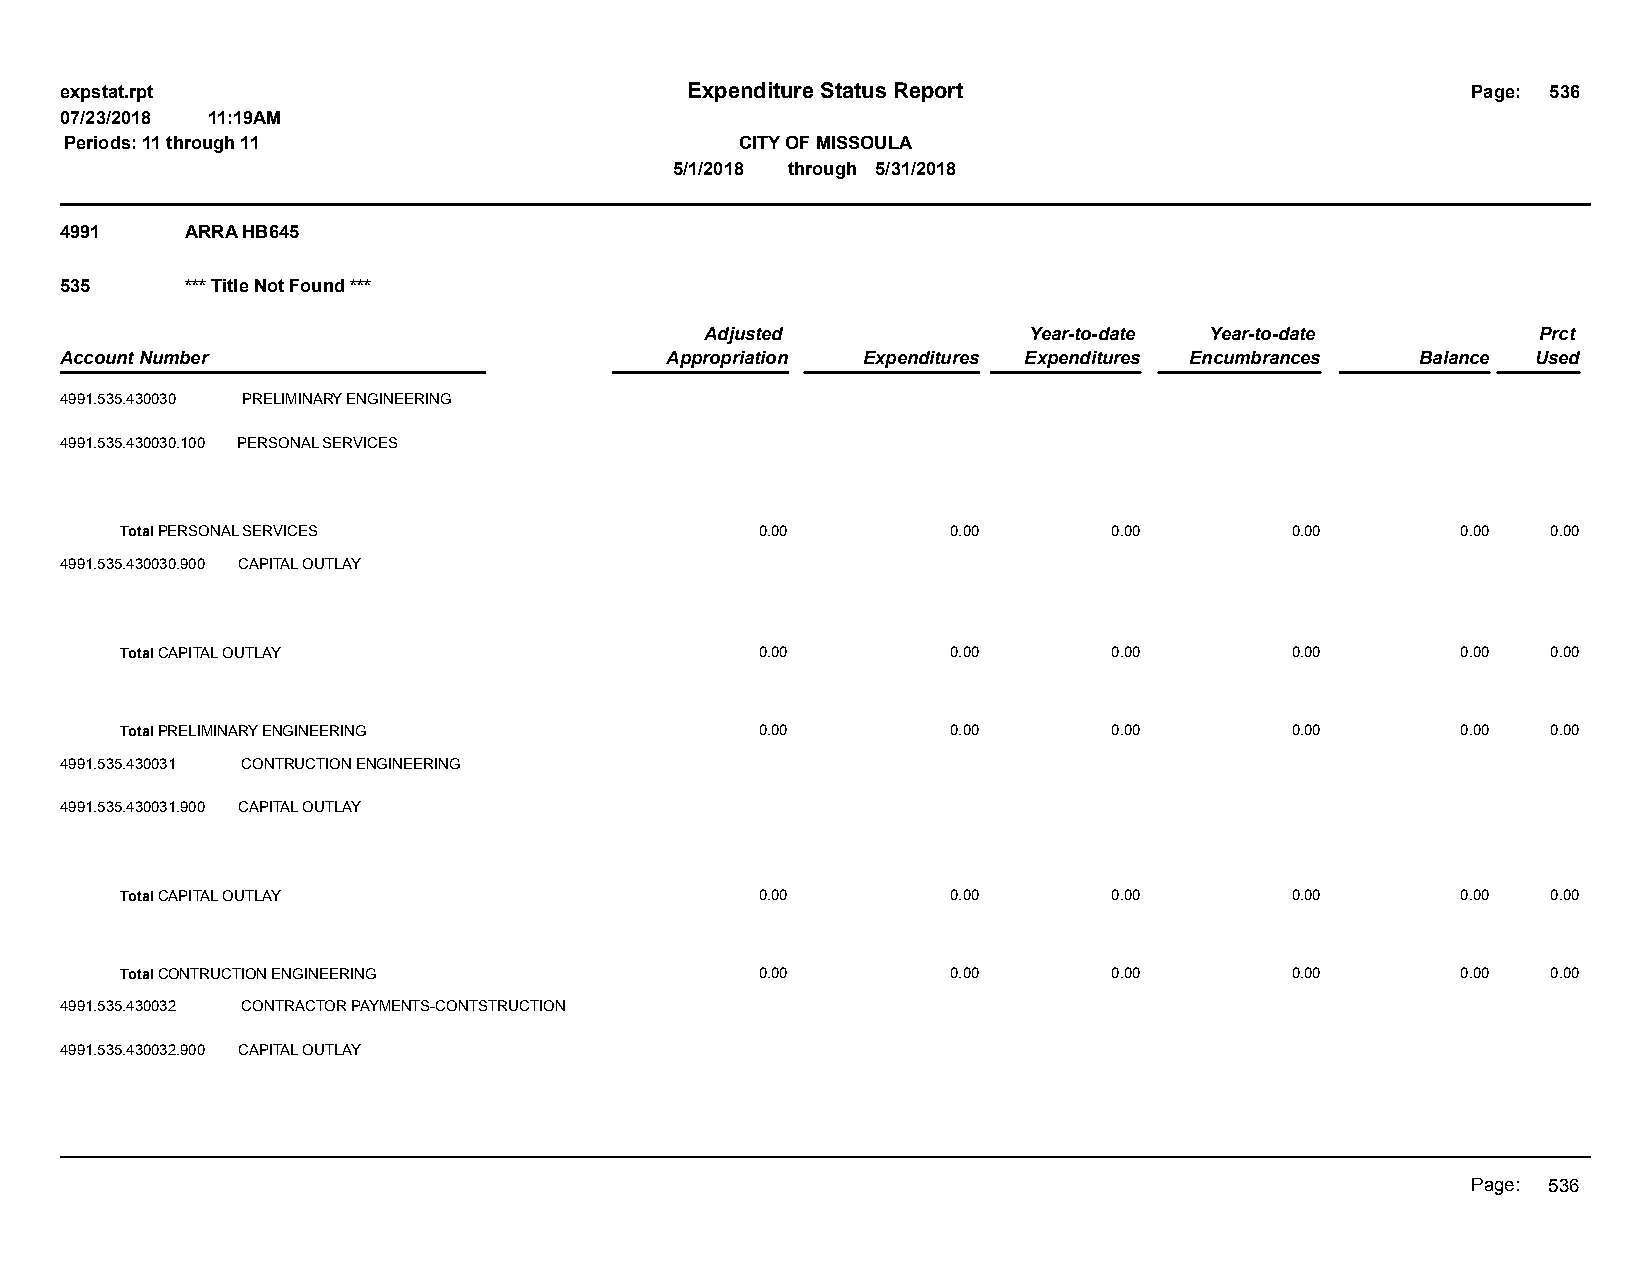
expstat.rpt                              Expenditure Status Report                           Page: 536
 07/23/2018 11:19AM
 Periods: 11 through 11                       CITY OF MISSOULA
 5/1/2018 through 5/31/2018
 4991    ARRA HB645
 535     *** Title Not Found ***
 Adjusted             Year-to-date Year-to-date         Prct
 Account Number                          Appropriation Expenditures Expenditures Encumbrances Balance Used
 4991.535.430030 PRELIMINARY ENGINEERING
 4991.535.430030.100 PERSONAL SERVICES
 Total PERSONAL SERVICES                   0.00         0.00       0.00       0.00        0.00  0.00
 4991.535.430030.900 CAPITAL OUTLAY
 Total CAPITAL OUTLAY                      0.00         0.00       0.00       0.00        0.00  0.00
 Total PRELIMINARY ENGINEERING             0.00         0.00       0.00       0.00        0.00  0.00
 4991.535.430031 CONTRUCTION ENGINEERING
 4991.535.430031.900 CAPITAL OUTLAY
 Total CAPITAL OUTLAY                      0.00         0.00       0.00       0.00        0.00  0.00
 Total CONTRUCTION ENGINEERING             0.00         0.00       0.00       0.00        0.00  0.00
 4991.535.430032 CONTRACTOR PAYMENTS-CONTSTRUCTION
 4991.535.430032.900 CAPITAL OUTLAY
 Page: 536